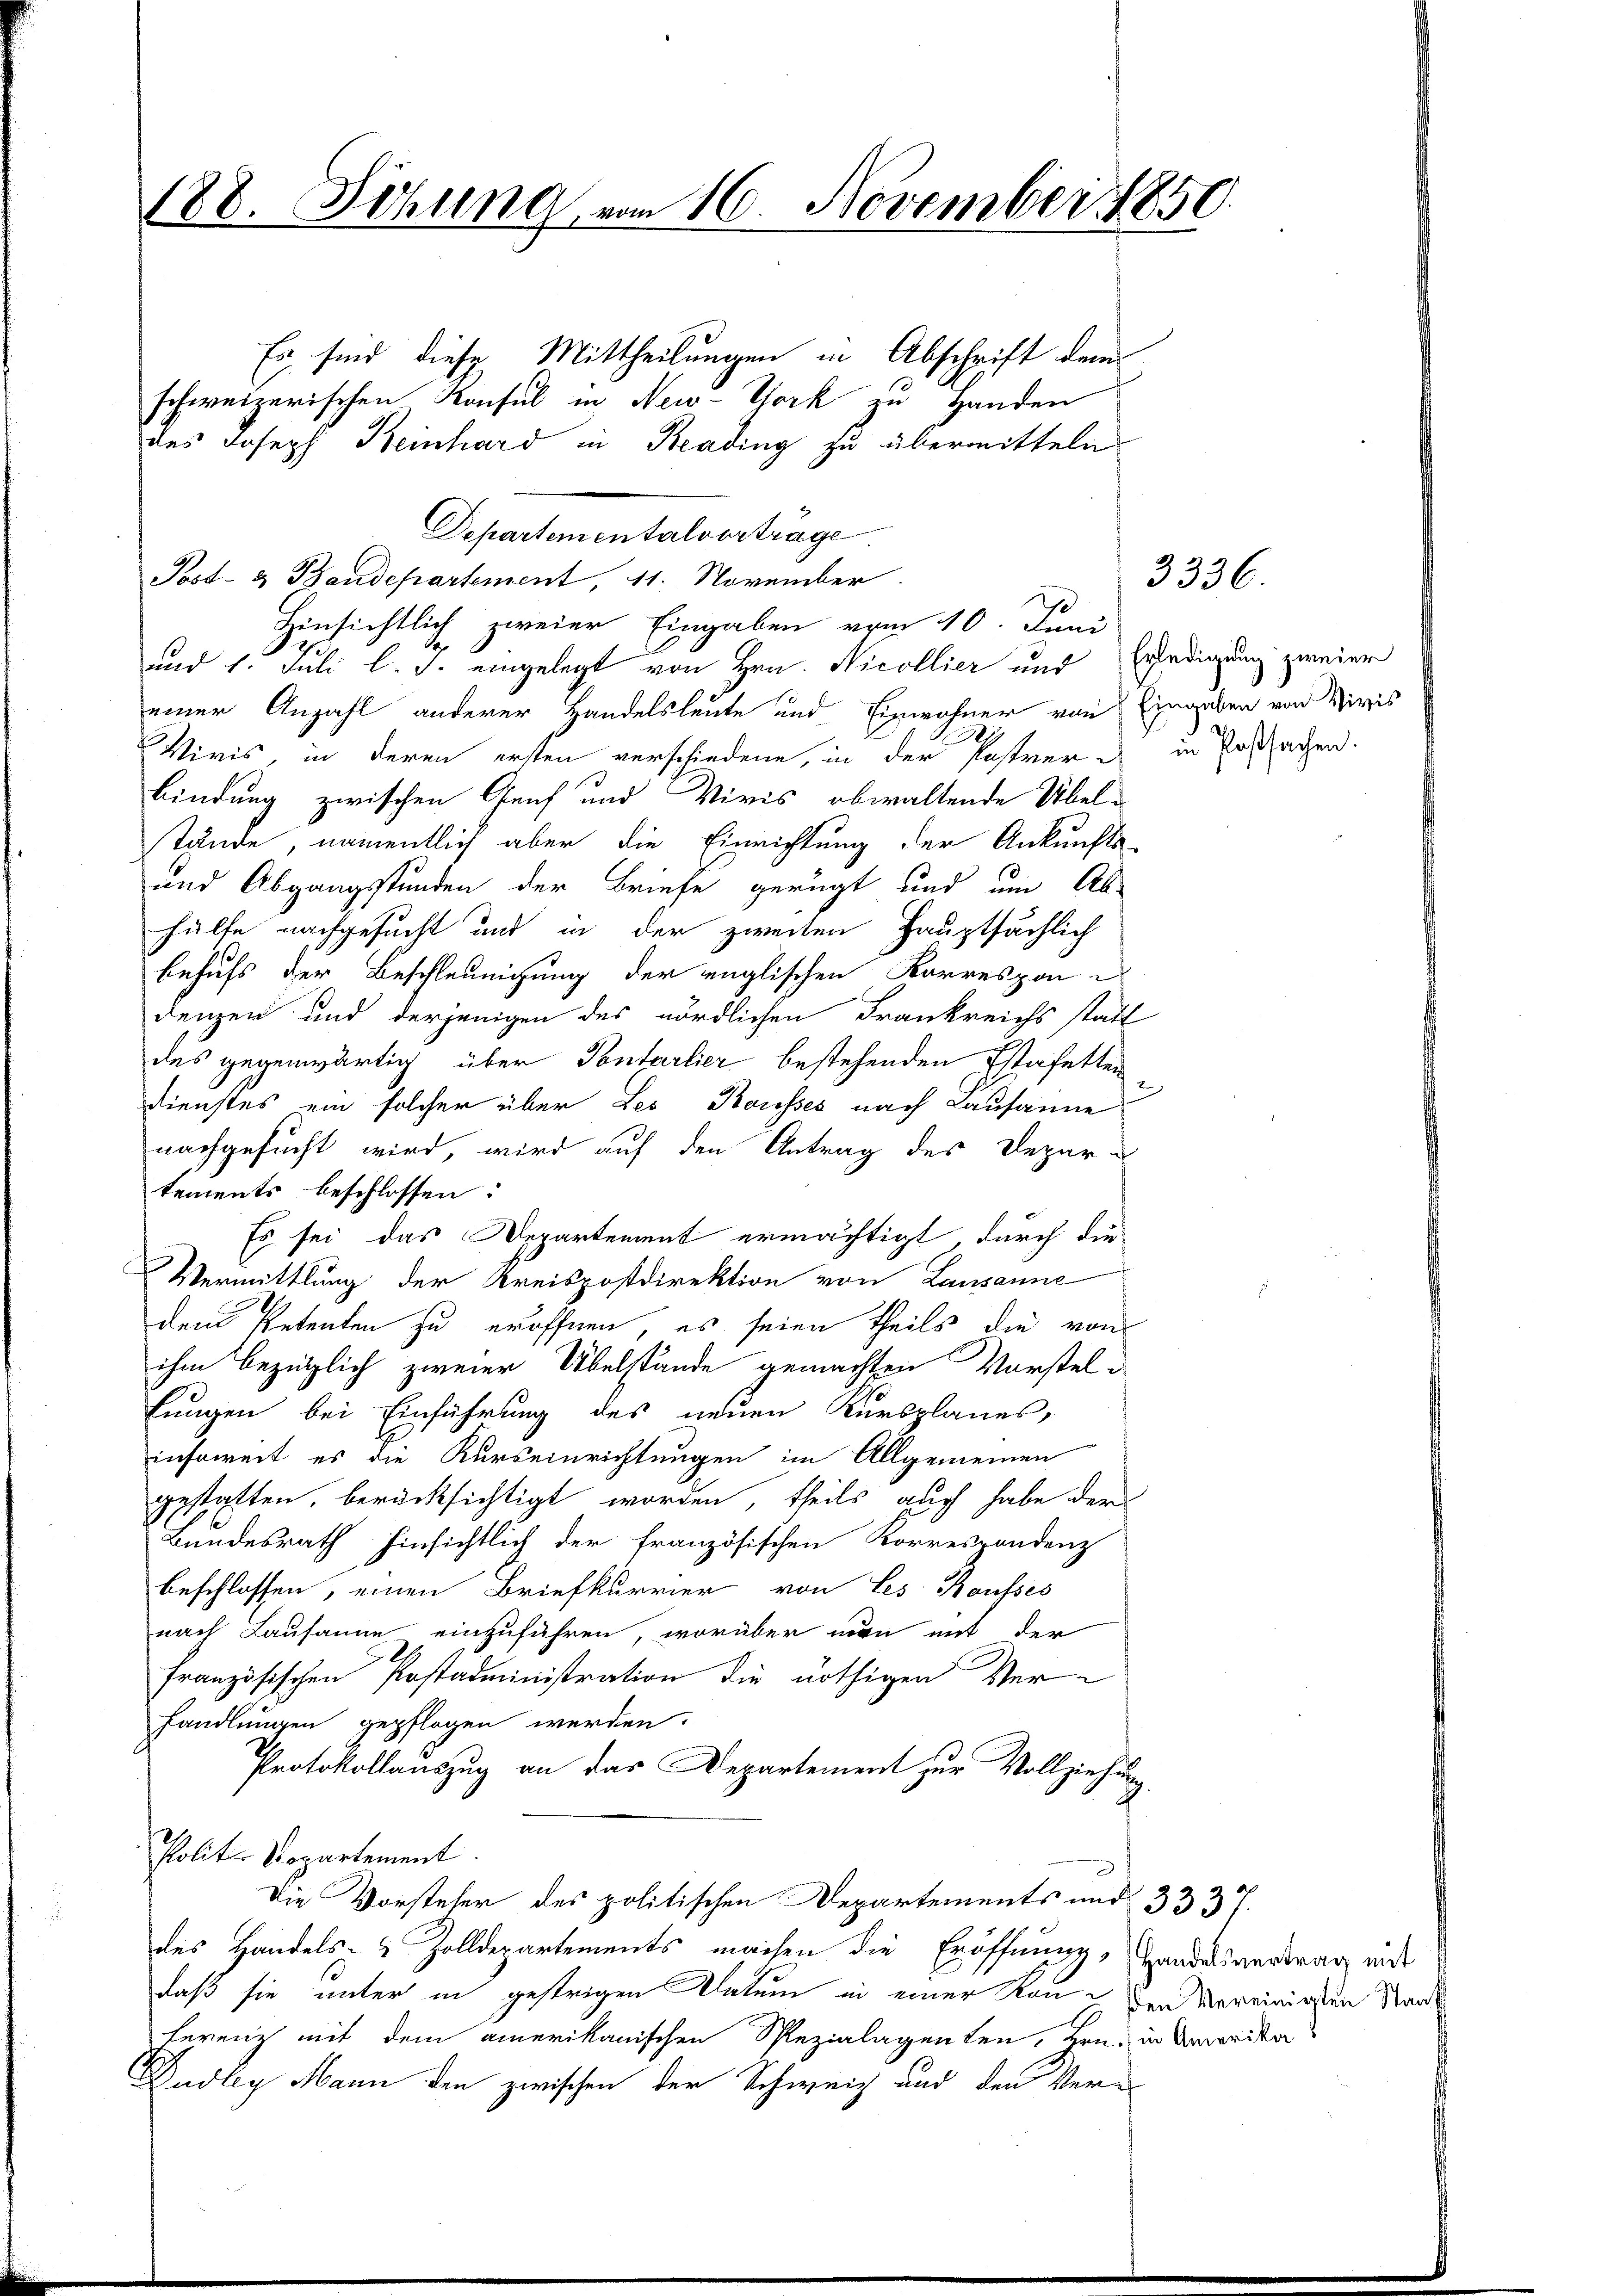
188. Sitzung vom 16. November 1850.

Es sind diese Mittheilungen in Abschrift dem
schweizerischen Konsul in New-York zu Handen
des Joseph Keinhard in Beading zu übermitteln
Post- & Baudepartement, 11. November
Hinsichtlich zweier Eingaben vom 10. Juni
1
und 1. Juli l. J. eingelegt von Hrn. Nicollier und Erledigung zweier
einer Anzahl anderer Handelsleute und Einwohner von Eingaben von Niwis
Vivis, in deren ersten verschiedene, in der Pastrer & in Postsachen.
bindung zwischen Genf und Viris obwaltende Übel-
stände, namentlich aber die Einrichtung der Ankunfts-
und Abgangsstunden der Briefe gerügt und um Ab-
hülfe nachgesucht und in der zweiten Hauptsächlich
behufs der Beschleunigung der englischen Korrespon
denzen und derjenigen des nördlichen Frankreichs statt
des gegenwärtig über Pontarlier bestehenden Estafetten
Dienstes ein solcher über Les Kausses nach Lausanne
nachgesucht wird, wird auf den Antrag des Departements beschlossen:
Es sei das Departement ermächtigt, durch die
Vermittlung der Kreispostdirektion von Lausanne
dem Petenten zu eröffnen, es seien theils die von
ihm bezüglich zweier Übelstände gemachten Vorstel¬
Lungen bei Einführung des neuen Kursplanes,
insoweit es die Kurseinrichtungen im Allgemeinen
gestatten, berücksichtigt worden, theils auch habe der
Bundesrath hinsichtlich der französischen Korrespondenz
beschlossen, einen Briefkurrier von Les Housses
nach Lausanne einzuführen, worüber man mit der
französischen Postadministration die nöthigen Verhandlungen gepflogen werden.
Protokollauszug an das Departement zur Vollziehung
Polite Repartement.
Die Vorsteher des politischen Departements und 3337.
des Handels- & Zolldepartements machen die Eröffnung, Handelsvertrag mit
daß sie unter in gestrigen Datum in einer Kon- den Vereinigen Stande
ferenz mit dem amerikanischen Rezialagenten, Hrn. in Amerika
Dudley Mann den zwischen der Schweiz und den Ver¬

Departementalvertrage

j

3336.